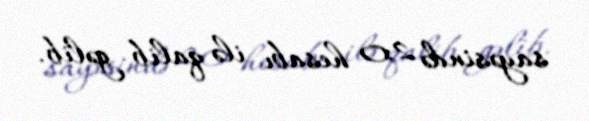
sayəsində 2:0 hesabı ilə qalib gəlib.